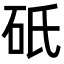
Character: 𬒀